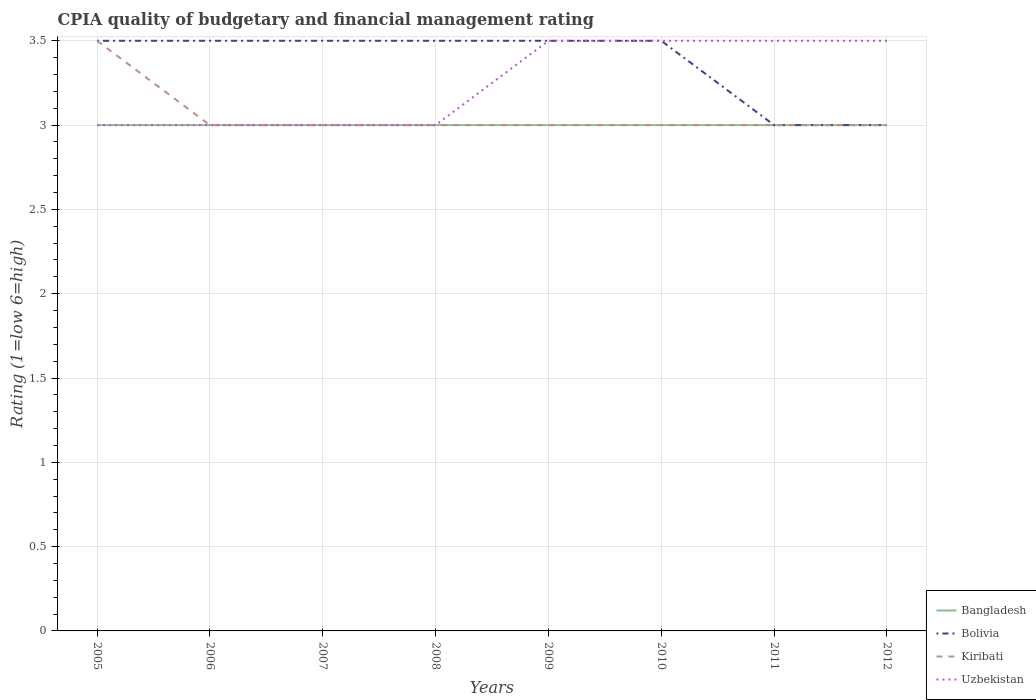
| Years | Bangladesh | Bolivia | Kiribati | Uzbekistan |
 | --- | --- | --- | --- | --- |
 | 2005 | 3 | 3.5 | 3.5 | 3 |
 | 2006 | 3 | 3.5 | 3 | 3 |
 | 2007 | 3 | 3.5 | 3 | 3 |
 | 2008 | 3 | 3.5 | 3 | 3 |
 | 2009 | 3 | 3.5 | 3 | 3.5 |
 | 2010 | 3 | 3.5 | 3 | 3.5 |
 | 2011 | 3 | 3 | 3 | 3.5 |
 | 2012 | 3 | 3 | 3 | 3.5 |